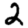
Digit: 2